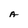
Character: A